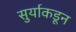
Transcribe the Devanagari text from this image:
सुर्याकडून